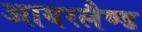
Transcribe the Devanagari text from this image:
आयरलैण्‍ड